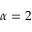
\alpha = 2